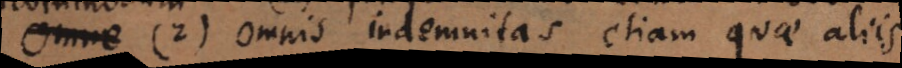
Omne 2) Omnis indemnitas etiam quae alii